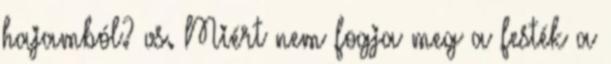
hajamból? vs. Miért nem fogja meg a festék a